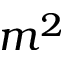
m ^ { 2 }